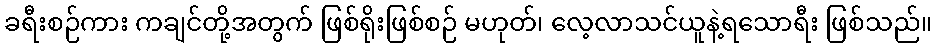
ခရီးစဉ်ကား ကချင်တို့အတွက် ဖြစ်ရိုးဖြစ်စဉ် မဟုတ်၊ လေ့လာသင်ယူနဲ့ရသောရီး ဖြစ်သည်။